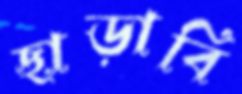
ছাড়াবি